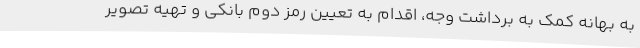
به بهانه کمک به برداشت وجه، اقدام به تعیین رمز دوم بانکی و تهیه تصویر